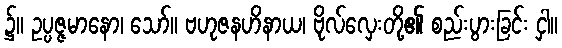
၌။ ဥပ္ပဇ္ဇမာနော၊ သော်။ ဗဟုဇနဟိနာယ၊ ဗိုလ်လှေးတို့၏ စည်းပွားခြင်း ငှါ။